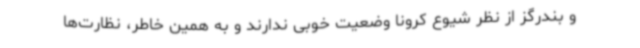
و بندرگز از نظر شیوع کرونا وضعیت خوبی ندارند و به همین خاطر، نظارت‌ها